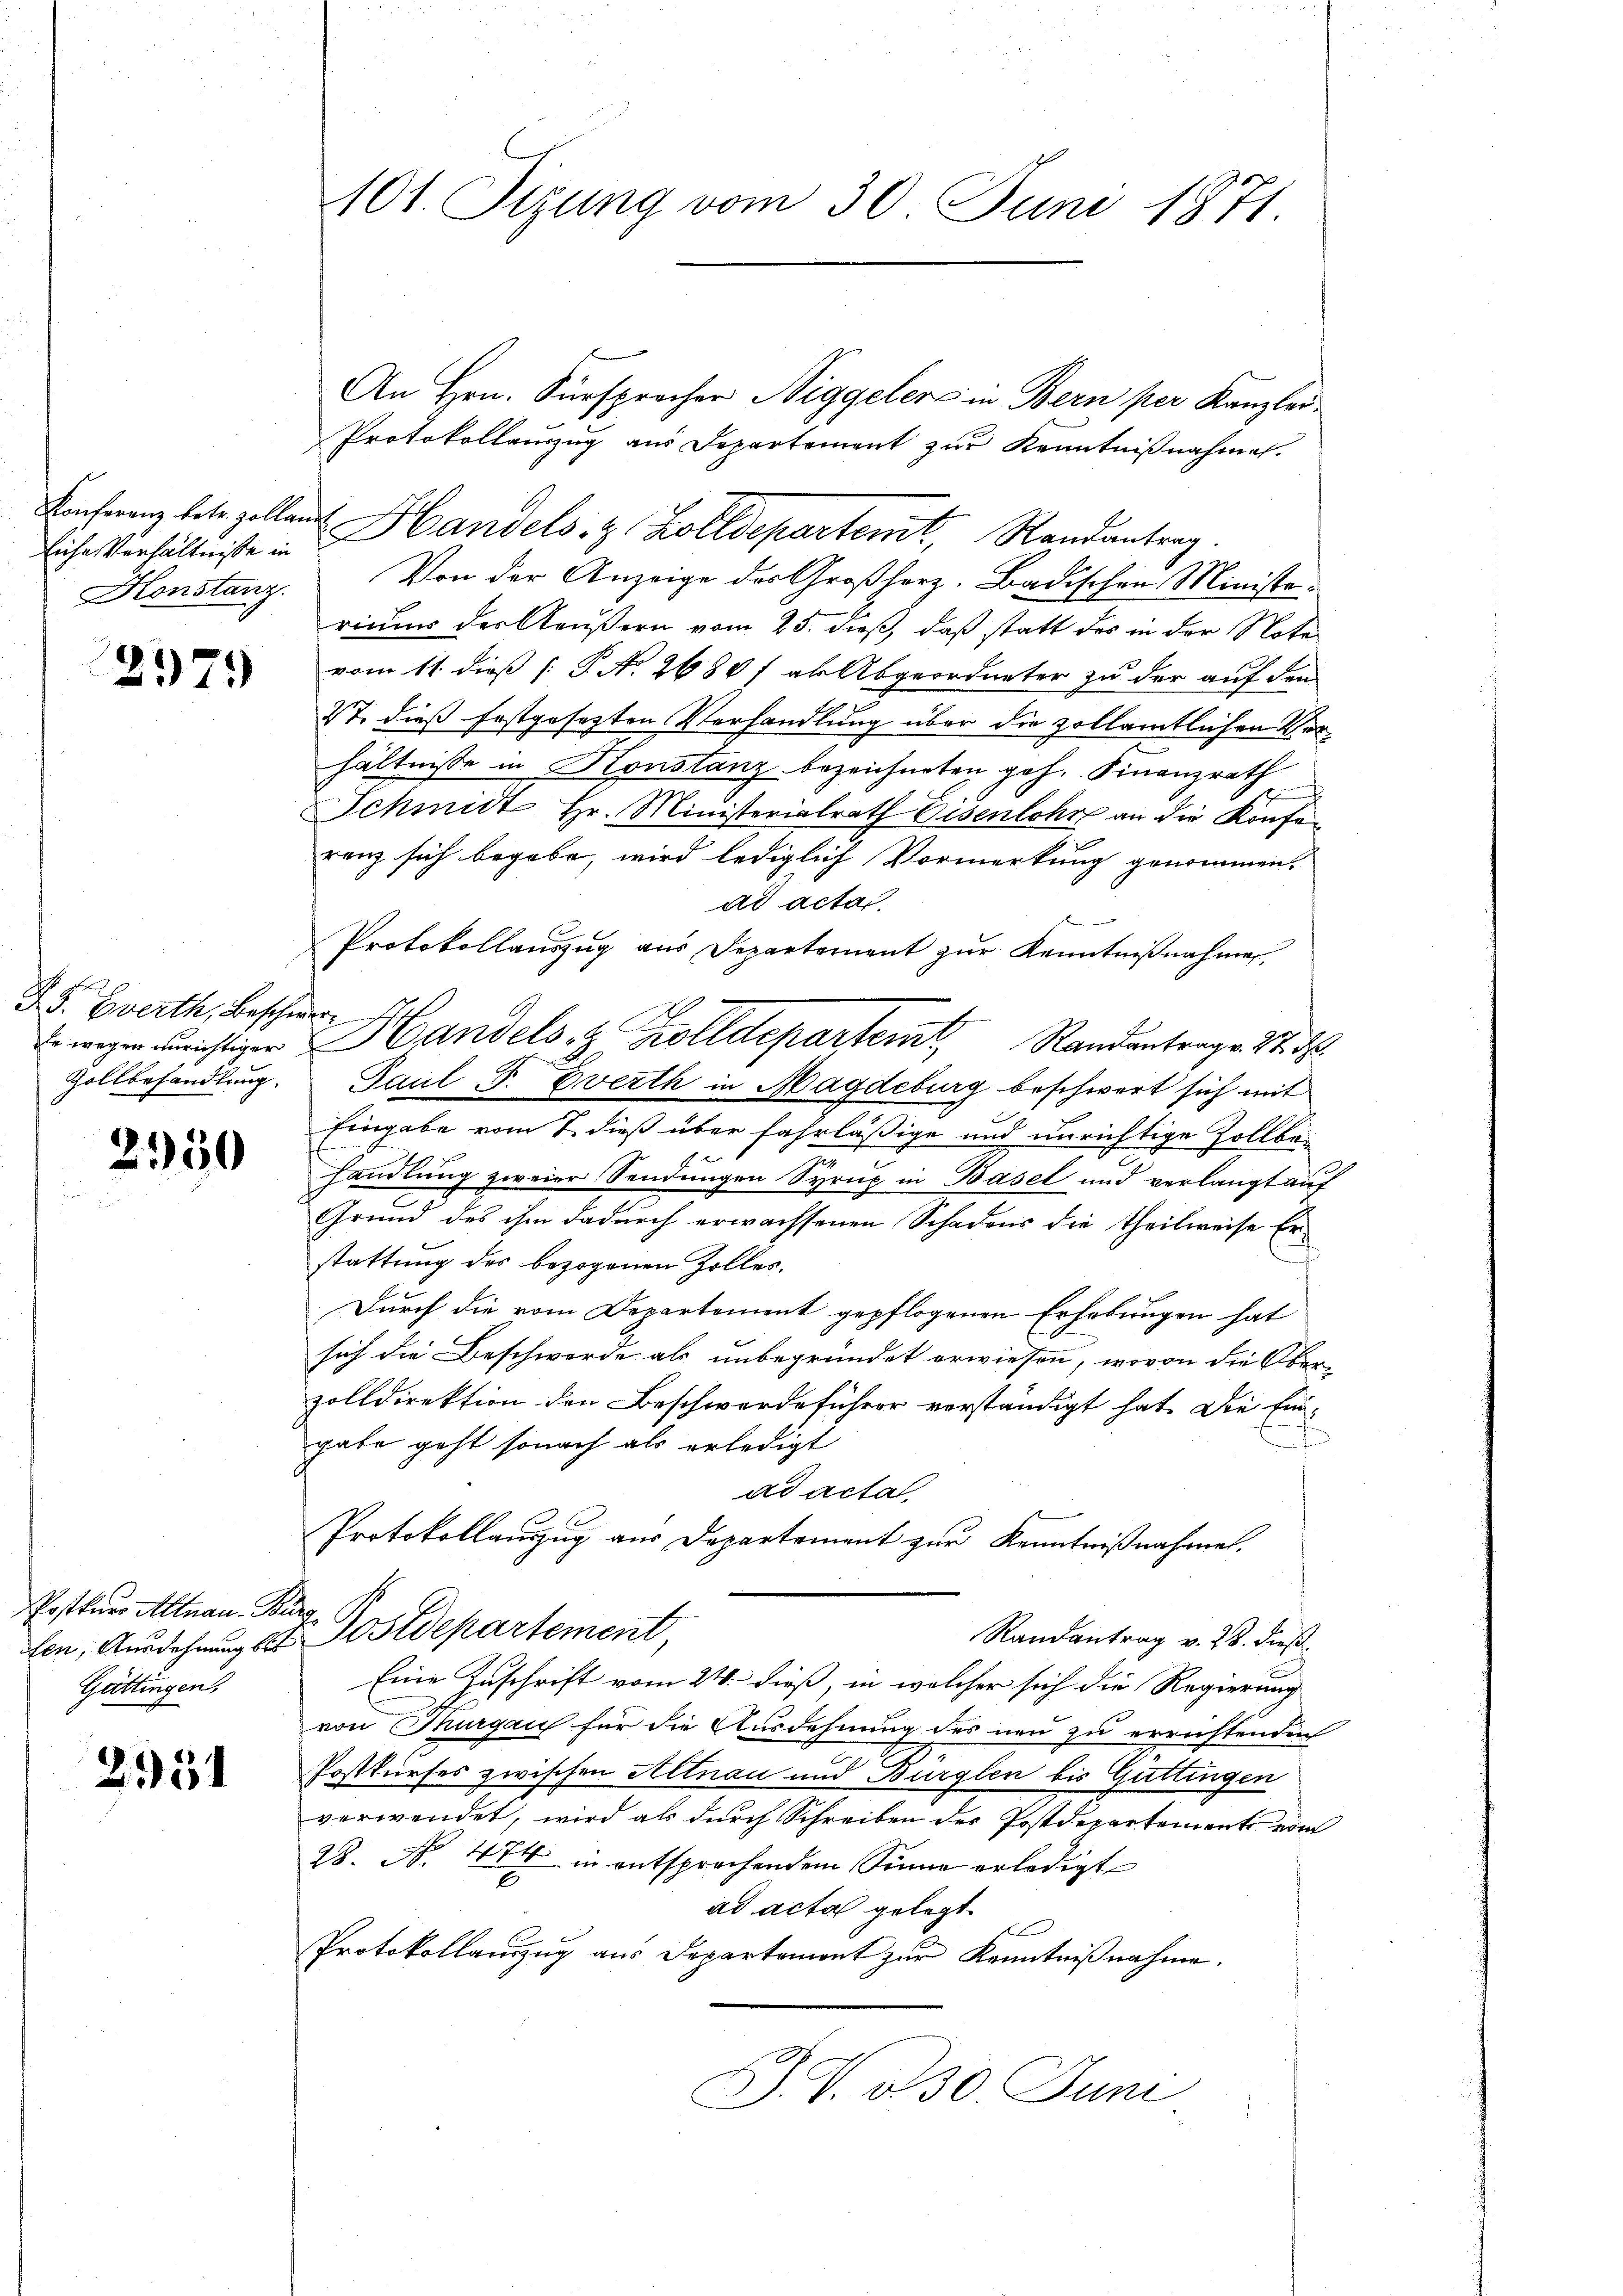
Eiche Verhältnisse in
Honstanz.

297.

F. S. Zwerth, Beschwer
Zollbehandlung.

2950

PPostkurs Altnau. Bi
fen, Ausdehnung bes
Güttingen,

2951

101. Sizung vom 30. Juni 1871

An Hrn. Fürsprocher Niggelers in Bern per Kanzlei¬
Protokollauszug aus Departement zur Kenntnißnahmen.
Konferenz betr. Zollant Handels- & Zolldepartenit, Randantrag.
Von der Anzeige der Großherz. Badischen Minister
ricum der Aeußern vom 25. dieß, daß statt des in der Notavom 11. dieß P. No. 2680 f als Abgeordneter zu der auf den
St. dieß festgesezten Verhandlung über die zollamtlichen Verhältnisse in Konstanz bezeichneten Joh. Finanzrath
.
Schmidt Hr. Ministerialrath Eisenlohre an die Konfe¬
7.
renz sich begabe, wird lediglich Vormerkung genommen.
ad acta.
Protokollauszug aus Departement zur Kenntnißnahmen,
E. wegen nichtiger Handels- & Zolldepartem Randantrage St.
Paul P. Everth in Magdeburg beschwert sich mit
Eingabe vom 7. dieß über fahrläßige und unrichtige Zollbahandlung zweier Sendungen Syrup in Basel und verlangt auf
Grund des ihm dadurch erwachsenen Schadens die Theilweise Erstattung des bezogenen Zoller.
Durch die vom Departement gepflogenen Erhebungen hat
sich die Beschwerde als unbegründet erwiesen, wovon die Ober-
zolldirektion den Beschwerdeführer verständigt hat. Die Eingabe geht sonach als erledigt
ad acta,
Protokollauzug aus Departement zur Kenntnißnahmen.
2.
t. Postdepartement,
Randantrag v. 28. dieß
Eine Zuschrift vom 24. dieß, in welcher sich die Regierung
von Margau für die Ausdehnung des neu zu errichtenden
Postkurses zwischen Altnau und Bürglen bis Guttingen
verwendet, wird als durch Schreiben der Postdepartement vom
28. N. 474 in entsprechendem Sinne erledigt
ad acta gelegt.
Protokollanzug aus Departament zŭr Kenntniβnahme.
J. V. 330. Juni